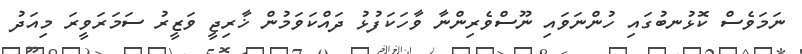
ނަމަވެސް ކޮޅުނބުގައި ހުންނަވައި ނޫސްވެރިންނާ ވާހަކަފުޅު ދައްކަވަމުން ޚާރިޖީ ވަޒީރު ސަމަރަވީރަ މިއަދު